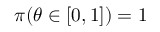
\textstyle \pi ( \theta \in [ 0 , 1 ] ) = 1